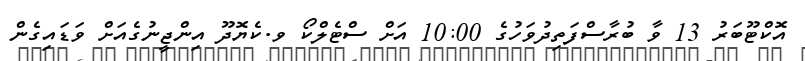
އޮކްޓޫބަރު 13 ވާ ބުރާސްފަތިދުވަހުގެ 10:00 އަށް ސްޓެލްކޯ ވ.ކެޔޮދޫ އިންޖީނުގެއަށް ވަޑައިގެން